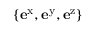
\{ \mathbf { e } ^ { \mathrm { x } } , \mathbf { e } ^ { \mathrm { y } } , \mathbf { e } ^ { \mathrm { z } } \}